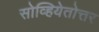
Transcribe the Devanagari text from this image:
सोव्हियेतोत्तर